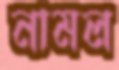
নামল